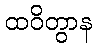
ထဝိတွာန